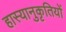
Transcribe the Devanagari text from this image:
हास्यानुकृतियों